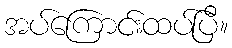
အပ်ကြောင်းထပ်ပြီ။